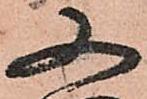
又